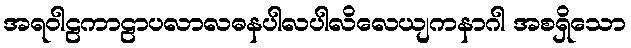
အရဝါဠကာဠာပလာလဓနပါလပါလိလေယျကနာဂါ အစရှိသော